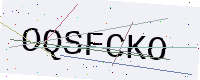
Text: OQSFCKO